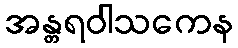
အန္တရဝါသကေန